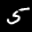
Label: 5